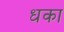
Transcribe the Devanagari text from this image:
धका